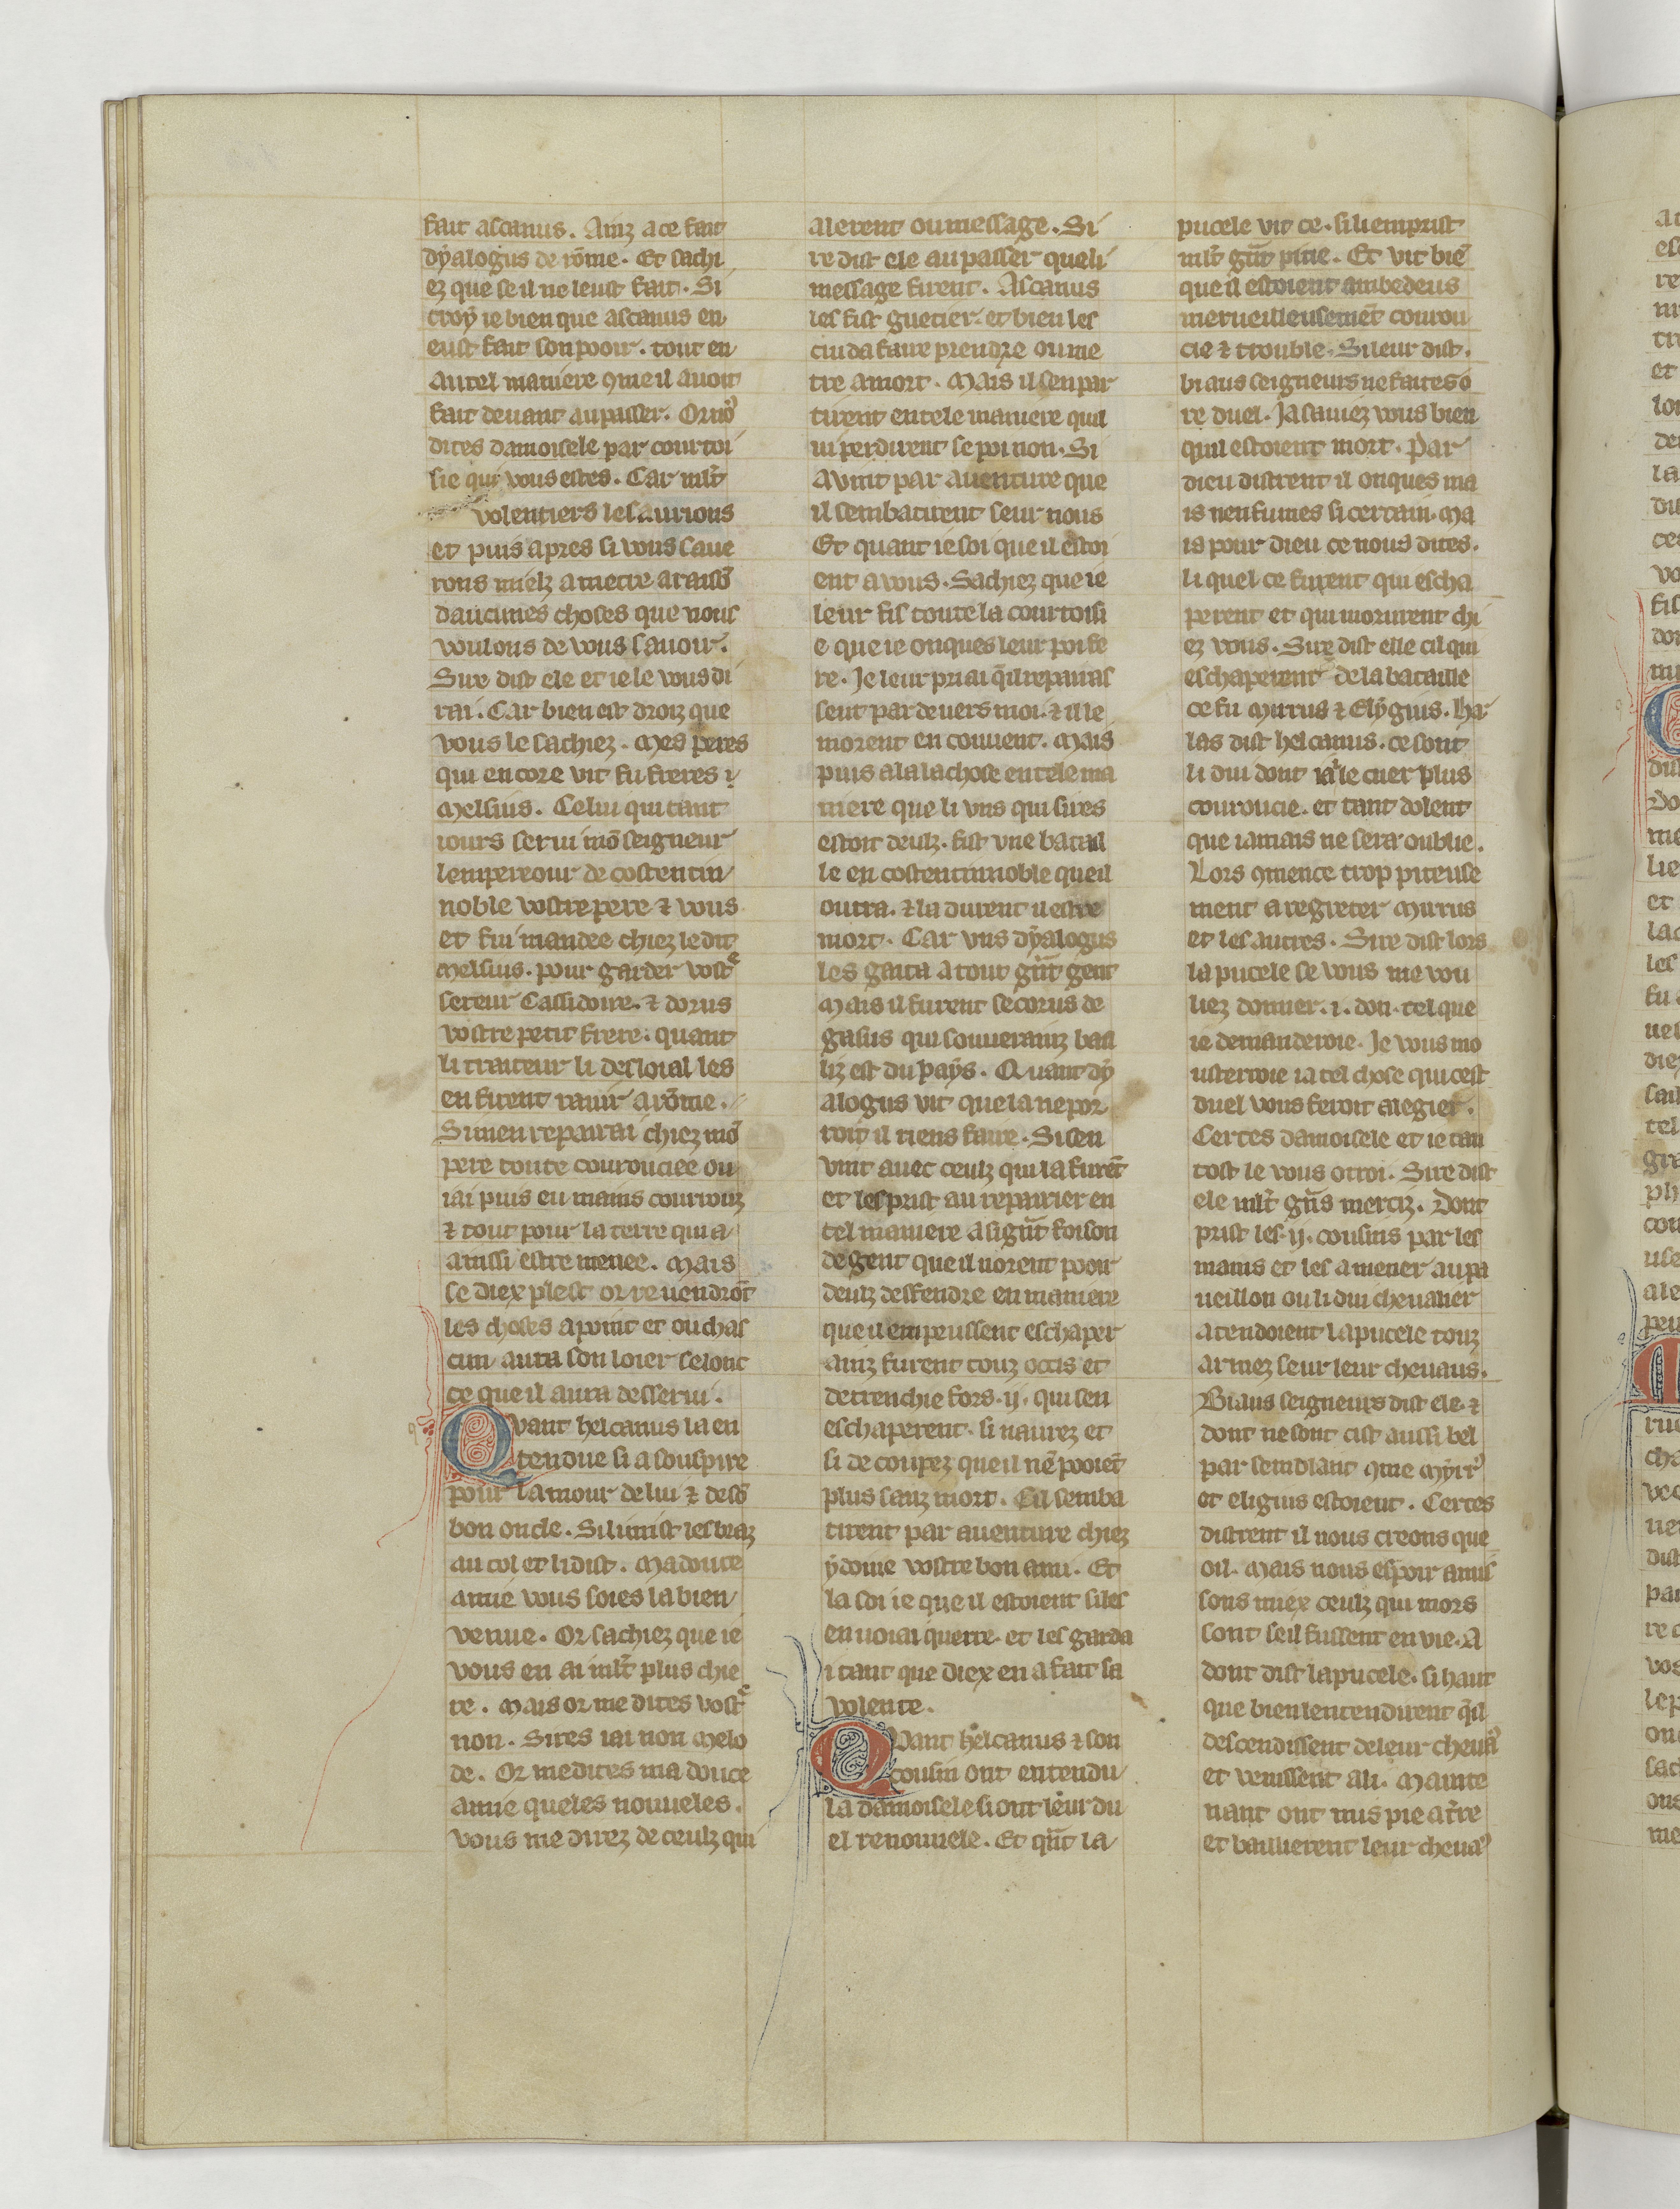
Shelfmark: Paris, BnF, fr. 22549
Century: 14